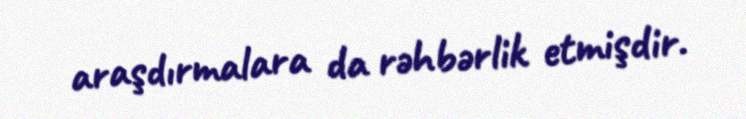
araşdırmalara da rəhbərlik etmişdir.